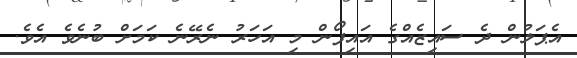
އެޕަލުން ދެ ސައިޒެއްގެ އައިފޯން މި އަހަރު ނެރޭނެ ކަމަށް ބުނެވެ އެވެ.